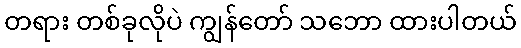
တရား တစ်ခုလိုပဲ ကျွန်တော် သဘော ထားပါတယ်